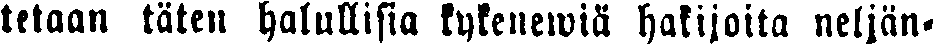
tetaan täten halullisia kykenewiä hatijoita neljän-